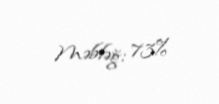
Məbləğ: 73%